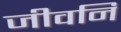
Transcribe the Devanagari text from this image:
जीवनि